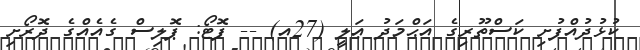
ކުޅުދުއްފުށި ކަސްތޫރިގެ އަޙްމަދު ޢަލީ (27އ) -- ފޮޓޯ: ޕޮލިސް ގެއެއްގެ ދޮރޯށި